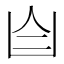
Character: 𦣹